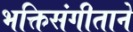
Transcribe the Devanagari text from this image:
भक्तिसंगीताने